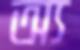
অ্য